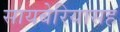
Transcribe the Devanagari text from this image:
सायबेरियासह